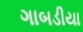
ગાબડીયા